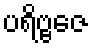
ပရိဗ္ဗဇေ